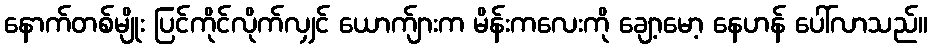
နောက်တစ်မျိုး ပြင်ကိုင်လိုက်လျှင် ယောက်ျားက မိန်းကလေးကို ချော့မော့ နေဟန် ပေါ်လာသည်။